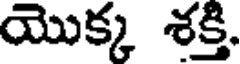
యొక్క శక్తి.